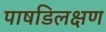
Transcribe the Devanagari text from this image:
पाषडिलक्षण